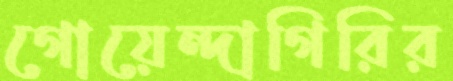
গোয়েন্দাগিরির